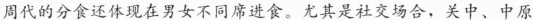
周代的分食还体现在男女不同席进食。尤其是社交场合，关中、中原